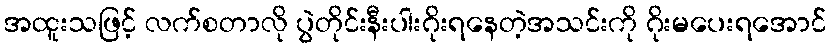
အထူးသဖြင့် လက်စတာလို ပွဲတိုင်းနီးပါးဂိုးရနေတဲ့အသင်းကို ဂိုးမပေးရအောင်